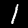
Digit: 1